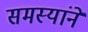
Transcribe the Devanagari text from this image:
समस्यांने